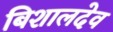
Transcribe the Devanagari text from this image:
बिशालदेव